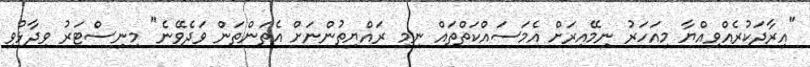
"އިރާދަކުރެއްވިއްޔާ މިއަހަރު ނިމޭއިރަށް އެމަސައްކަތްތައް ނިމި ރައްޔިތުންނަށް އެތަންތަން ވަދެވޭނެ" މިނިސްޓަރު ވިދާޅުވި